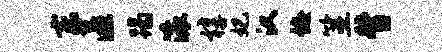
东匿蹋滚椁妃汉诲筮督